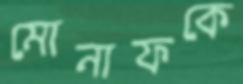
মোনাফকে